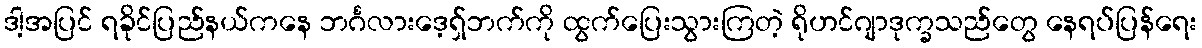
ဒါ့အပြင် ရခိုင်ပြည်နယ်ကနေ ဘင်္ဂလားဒေ့ရှ်ဘက်ကို ထွက်ပြေးသွားကြတဲ့ ရိုဟင်ဂျာဒုက္ခသည်တွေ နေရပ်ပြန်ရေး